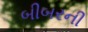
બીબરની